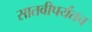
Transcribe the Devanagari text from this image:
सातवीपर्यंतच